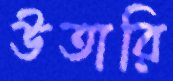
উতারি